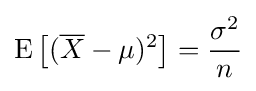
\operatorname {E} \left[({\overline {X}}-\mu )^{2}\right]={\frac {\sigma ^{2}}{n}}